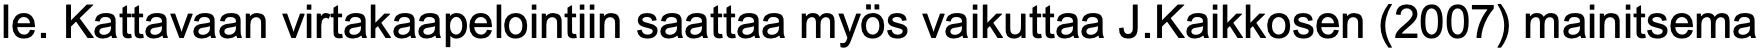
le. Kattavaan virtakaapelointiin saattaa myös vaikuttaa J.Kaikkosen (2007) mainitsema